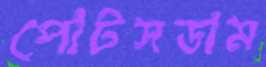
পোটসডাম